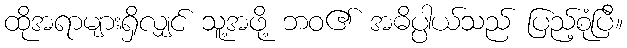
ထိုအရာများရှိလျှင် သူ့အဖို့ ဘဝ၏ အဓိပ္ပါယ်သည် ပြည့်စုံပြီ။